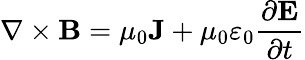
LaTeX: \mathbf{\nabla}\times\mathbf{B}=\mu_{0}\mathbf{J}+\mu_{0}\varepsilon_{0}{\frac{\partial\mathbf{E}}{\partial t}}